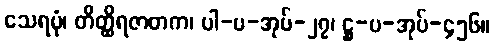
သေရပုံ၊ တိတ္ထိရဇာတက၊ ပါ-ပ-အုပ်-၂၇၊ ဋ္ဌ-ပ-အုပ်-၄၅၆။